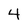
Character: 4